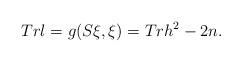
LaTeX: \begin{align*}Trl=g(S\xi, \xi)=Trh^2-2n.\end{align*}